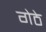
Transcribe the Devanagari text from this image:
गेठे